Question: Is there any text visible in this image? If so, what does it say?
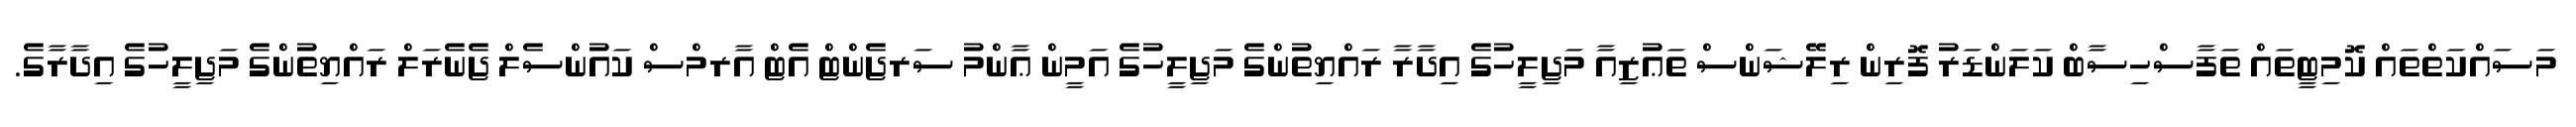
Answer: މަސައްކަތްތައް ކޮމިޓީތައް ތަފާސްހިސާބް ކަލަންޑަރު ފޮރިން ރިލޭޝަންސް ތަޢުޒިއާ މަޖިލީހުގެ އިދާރާ ރައްޔިތުންގެ މަޖިލީހުގެ އަމީން ޢާންމު ސަރޖެންޓް އެޓް އާރމްސް ކައުންސެލް ޖެނެރަލް ރައްޔިތުންގެ މަޖިލީހުގެ އިދާރާގެ.